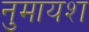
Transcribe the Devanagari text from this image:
नुमायश